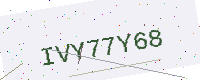
Text: IVY77Y68